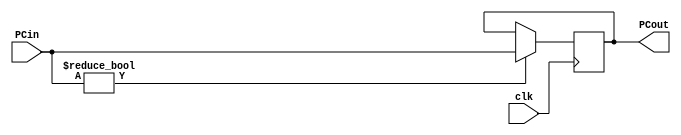
`timescale 1ns / 1ps
//////////////////////////////////////////////////////////////////////////////////
// Company: 
// Engineer: 
// 
// Design Name: 
// Module Name: program_counter
// Project Name: 
// Target Devices: 
// Tool Versions: 
// Description: 
// 
// Dependencies: 
// 
// Revision:
// Revision 0.01 - File Created
// Additional Comments:
// 
//////////////////////////////////////////////////////////////////////////////////
module program_counter(PCin, PCout, clk);
    input [31:0] PCin;
    input clk;
    output reg [31:0] PCout;
    
    initial
    begin
        PCout = 0;
    end
    
    always@ (negedge clk)
    begin
        if(PCin !=0)
            PCout = PCin;
    end
endmodule